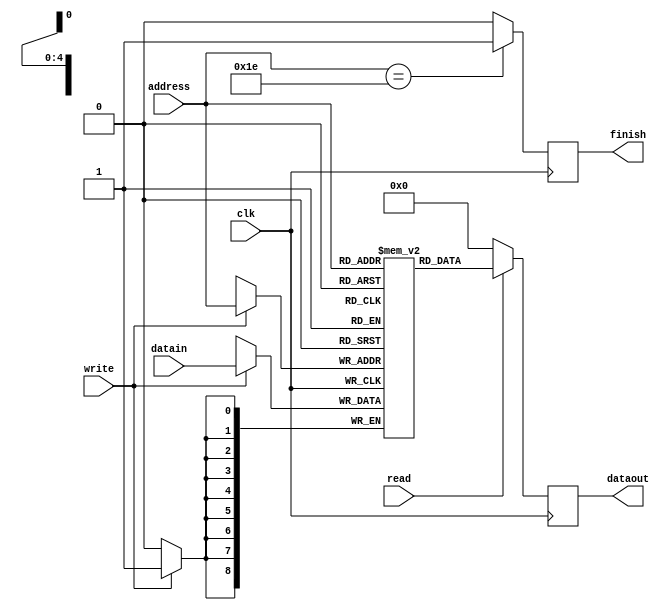
module Weight_memory(clk,datain,dataout,address,read,write,finish);
input clk;
input signed [8:0] datain;
input [4:0] address;
input read;
input write;
output signed[8:0] dataout;
output finish;
reg finish;
reg signed[8:0] dataout;
reg signed[8:0] memory[0:29];
always@(posedge clk)
begin
    if(write==1)
    	memory[address]<=datain;
end
always@(posedge clk)
    begin
        if(address==30)
        	finish<=1;
        else 
        	finish<=0;
    end
always@(posedge clk)
    begin
        if(read==1)
        	dataout<=memory[address];
        else
        	dataout<=0;
    end
endmodule